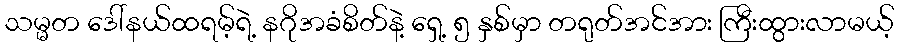
သမ္မတ ဒေါ်နယ်ထရမ့်ရဲ့ နဂိုအခံစိတ်နဲ့ ရှေ့ ၅ နှစ်မှာ တရုတ်အင်အား ကြီးထွားလာမယ့်